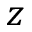
z